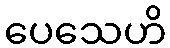
ပေသေဟိ